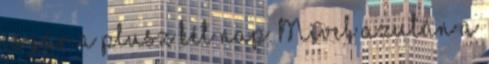
is jár a plusz két nap. Mivel azután a